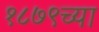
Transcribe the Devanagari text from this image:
१८७९च्या